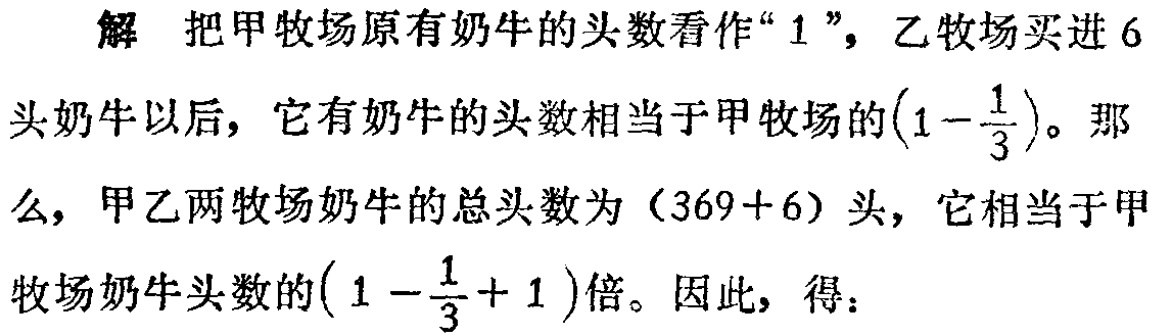
解 把甲牧场原有奶牛的头数看作“$1$”，乙牧场买进$6$头奶牛以后，它有奶牛的头数相当于甲牧场的$\left(1 - \dfrac{1}{3}\right)$。那么，甲乙两牧场奶牛的总头数为$(369 + 6)$头，它相当于甲牧场奶牛头数的$\left(1 - \dfrac{1}{3}+ 1\right)$倍。因此，得：